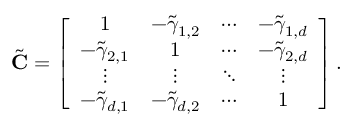
\begin{array} { r } { \tilde { { \bf C } } = \left[ \begin{array} { c c c c } { 1 } & { - \tilde { \gamma } _ { 1 , 2 } } & { \cdots } & { - \tilde { \gamma } _ { 1 , d } } \\ { - \tilde { \gamma } _ { 2 , 1 } } & { 1 } & { \cdots } & { - \tilde { \gamma } _ { 2 , d } } \\ { \vdots } & { \vdots } & { \ddots } & { \vdots } \\ { - \tilde { \gamma } _ { d , 1 } } & { - \tilde { \gamma } _ { d , 2 } } & { \cdots } & { 1 } \end{array} \right] . } \end{array}